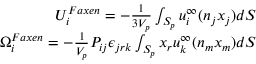
\begin{array} { r } { U _ { i } ^ { F a x e n } = - \frac { 1 } { 3 V _ { p } } \int _ { S _ { p } } u _ { i } ^ { \infty } ( n _ { j } x _ { j } ) d S } \\ { \Omega _ { i } ^ { F a x e n } = - \frac { 1 } { V _ { p } } P _ { i j } \epsilon _ { j r k } \int _ { S _ { p } } x _ { r } u _ { k } ^ { \infty } ( n _ { m } x _ { m } ) d S } \end{array}